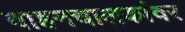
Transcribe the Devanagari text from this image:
वाहनचालकांवर